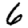
Digit: 6